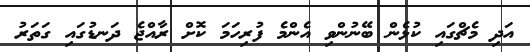
އަދި މެޗްގައި ކުޅެން ބޭނުންވި އެންމެ ފުރިހަމަ ކޮށް ރާއްޖެ ދަނޑުގައި ގަތަރު